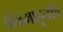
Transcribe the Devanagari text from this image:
क्षेत्रमाहुलीचे